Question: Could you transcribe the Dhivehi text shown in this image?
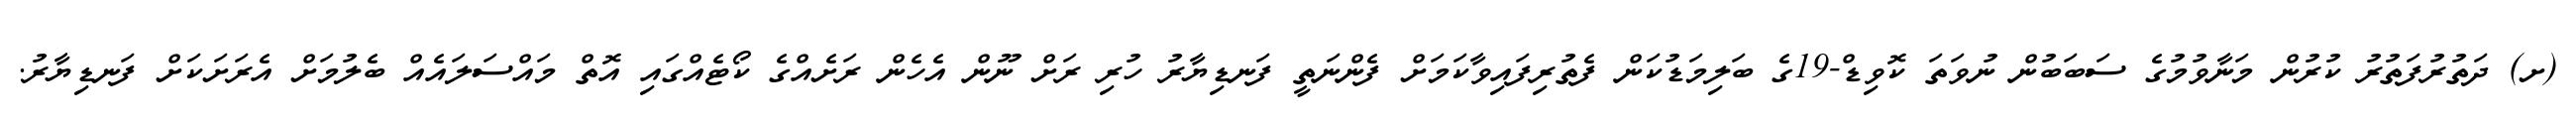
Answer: (ށ) ދަތުރުފަތުރު ކުރުން މަނާވުމުގެ ސަބަބުން ނުވަތަ ކޮވިޑް-19ގެ ބަލިމަޑުކަން ފެތުރިފައިވާކަމަށް ފެންނަތީ ފަނޑިޔާރު ހުރި ރަށް ނޫން އެހެން ރަށެއްގެ ކޯޓެއްގައި އޮތް މައްސަލައެއް ބެލުމަށް އެރަށަކަށް ފަނޑިޔާރު.